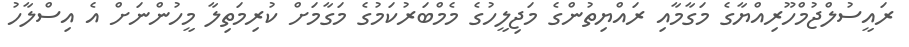
ރައީސުލްޖުމްހޫރިއްޔާގެ މަގާމާއި ރައްޔިތުންގެ މަޖިލީހުގެ މެމްބަރުކަމުގެ މަގާމަށް ކުރިމަތިލާ މީހުންނަށް އެ އިސްލާހު